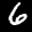
Label: 6